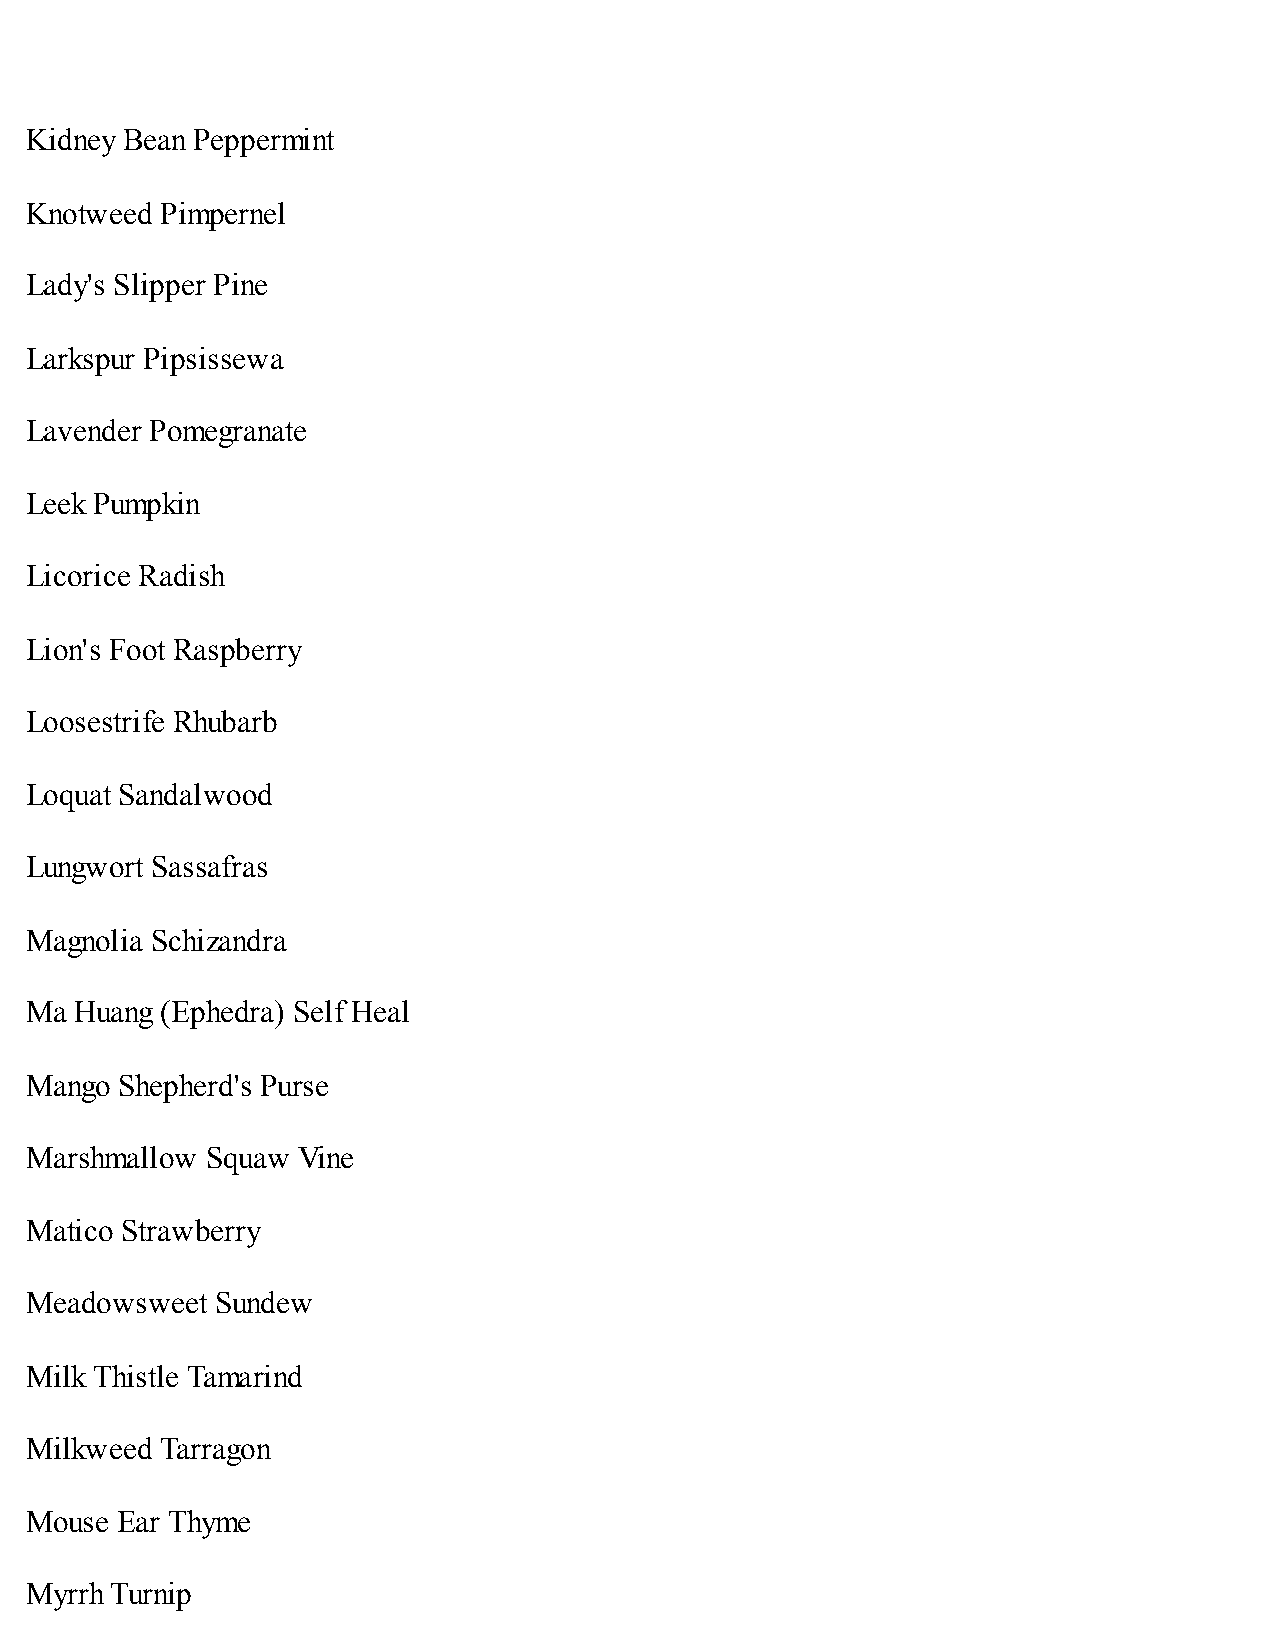
Kidney Bean Peppermint
 Knotweed Pimpernel
 Lady's Slipper Pine
 Larkspur Pipsissewa
 Lavender Pomegranate
 Leek Pumpkin
 Licorice Radish
 Lion's Foot Raspberry
 Loosestrife Rhubarb
 Loquat Sandalwood
 Lungwort Sassafras
 Magnolia Schizandra
 Ma Huang (Ephedra) Self Heal
 Mango Shepherd's Purse
 Marshmallow Squaw Vine
 Matico Strawberry
 Meadowsweet Sundew
 Milk Thistle Tamarind
 Milkweed Tarragon
 Mouse Ear Thyme
 Myrrh Turnip